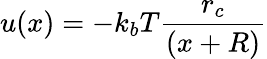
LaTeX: u(x)=-k_{b}T\frac{r_{c}}{(x+R)}